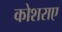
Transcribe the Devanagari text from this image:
कोशराए